Code of medical and sanitary regulations for the guidance of medical officers serving in the Madras Presidency - Volume II
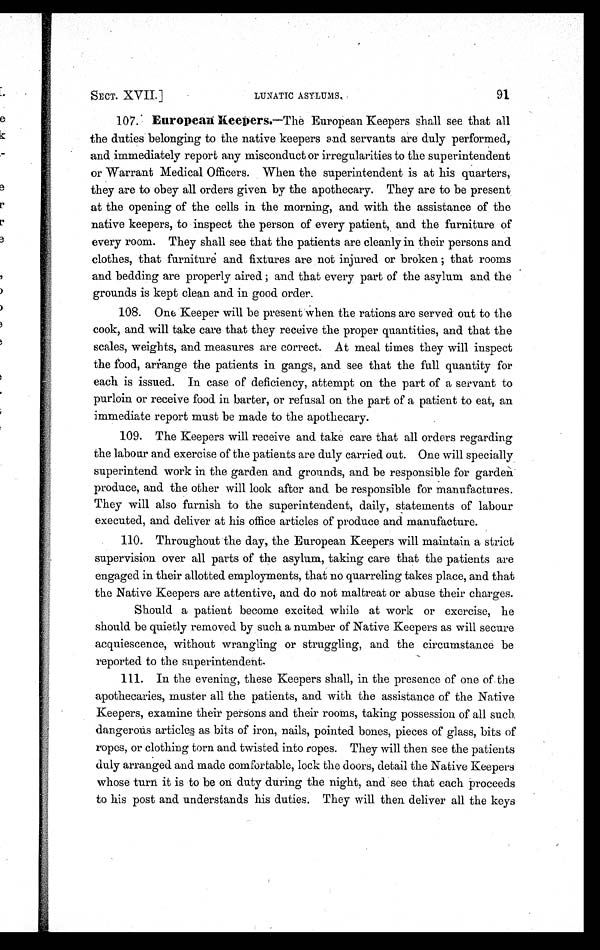
SECT. XVII.]
LUNATIC ASYLUMS.
91
107. European Keepers.— T h e E u r o p e a n K e e p e r s s h a l l s e e t h a t a l l
the duties belonging to the native keepers and servants are duly performed,
and immediately report any misconduct or irregularities to the superintendent
or Warrant Medical Officers. When the superintendent is at his quarters,
they are to obey all orders given by the apothecary. They are to be present
at the opening of the cells in the morning, and with the assistance of the
native keepers, to inspect the person of every patient, and the furniture of
every room. They shall see that the patients are cleanly in their persons and
clothes, that furniture and fixtures are not injured or broken ; that rooms
and bedding are properly aired ; and that every part of the asylum and the
grounds is kept clean and in good order.
108. One Keeper will be present when the rations are served out to the
cook, and will take care that they receive the proper quantities, and that the
scales, weights, and measures are correct. At meal times they will inspect
the food, ar ŕange the patients in gangs, and see that the full quantity for
each is issued. In case of deficiency, attempt on the part of a servant to
purloin or receive food in barter, or refusal on the part of a patient to eat, an
immediate report must be made to the apothecary.
109. The Keepers will receive and take care that all orders regarding
the labour and exercise of the patients are duly carried out. One will specially
superintend work in the garden and grounds, and be responsible for garden
produce, and the other will look after and be responsible for manufactures.
They will also furnish to the superintendent, daily, statements of labour
executed, and deliver at his office articles of produce and manufacture.
110. Throughout the day, the European Keepers will maintain a strict
supervision over all parts of the asylum, taking care that the patients are
engaged in their allotted employments, that no quarreling takes place, and that
the Native Keepers are attentive, and do not maltreat or abuse their charges.
Should a patient become excited while at work or exercise, he
should be quietly removed by such a number of Native Keepers as will secure
acquiescence, without wrangling or struggling, and the circumstance be
reported to the superintendent
.
1 1 1 . I n t h e e v e n i n g , t h e s e K e e p e r s s h a l l , i n t h e p r e s e n c e o f o n e o f t h e
apothecaries, master all the patients, and with the assistance of the Native
Keepers, examine their persons and their rooms, taking possession of all such
dangerous articles as bits of iron, nails, pointed bones, pieces of glass, bits of
ropes, or clothing torn and twisted into ropes. They will then see the patients
duly arranged and made comfortable, lock the doors, detail the Native Keepers
whose turn it is to be on duty during the night, and see that each proceeds
to his post and understands his duties. They will then deliver all the keys